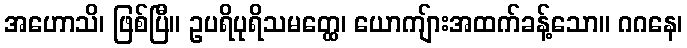
အဟောသိ၊ ဖြစ်ပြီ။ ဥပရိပုရိသမတ္ထေ၊ ယောကျ်ားအထက်ခန့်သော။ ဂဂနေ၊